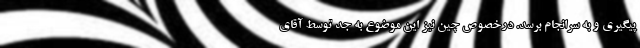
پیگیری و به سرانجام برسد. درخصوص چین نیز این موضوع به جد توسط آقای